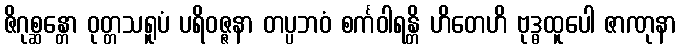
ဇိဂုစ္ဆန္တော ဝုတ္တသရူပံ ပရိဝဇ္ဇနာ တပ္ပဘဝံ စင်္ကဝါရန္တိ ဟိတေဟိ ဗုဒ္ဓထူပေါ ဇာဏုနာ